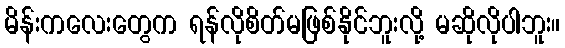
မိန်းကလေးတွေက ရန်လိုစိတ်မဖြစ်နိုင်ဘူးလို့ မဆိုလိုပါဘူး။